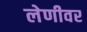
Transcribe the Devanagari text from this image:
लेणीवर